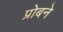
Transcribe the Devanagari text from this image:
प्रोबने